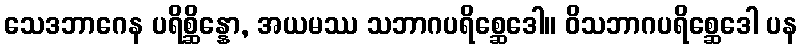
သေဒဘာဂေန ပရိစ္ဆိန္နော, အယမဿ သဘာဂပရိစ္ဆေဒေါ။ ဝိသဘာဂပရိစ္ဆေဒေါ ပန